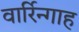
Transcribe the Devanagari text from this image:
वार्रिन्गाह